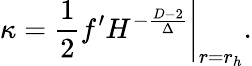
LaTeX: \kappa=\left.{\frac{1}{2}}f^{\prime}H^{-{\frac{D-2}{\Delta}}}\right|_{r=r_{h}}.